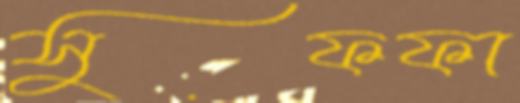
সুফফা